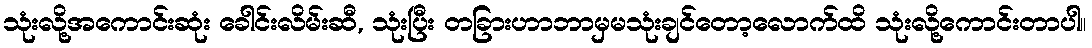
သုံးလို့အကောင်းဆုံး ခေါင်းလိမ်းဆီ, သုံးပြီး တခြားဟာဘာမှမသုံးချင်တော့လောက်ထိ သုံးလို့ကောင်းတာပါ။